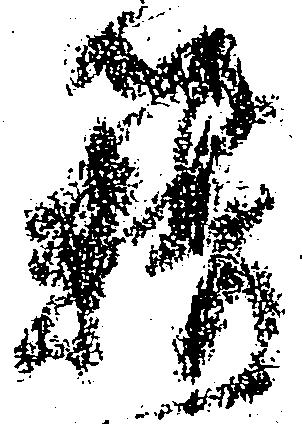
籍